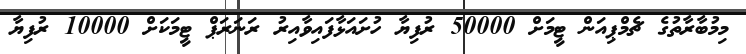
މިމުބާރާތުގެ ޗެމްޕިއަން ޓީމަށް 50000 ރުފިޔާ ހުށައަޅާފައިވާއިރު ރަނަރަޕް ޓީމަކަށް 10000 ރުފިޔާ